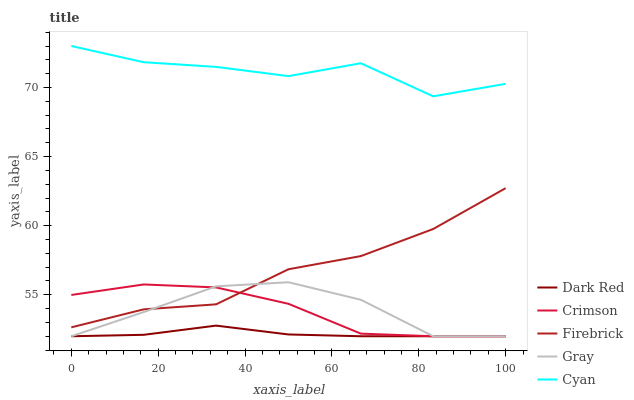
| xaxis_label | Dark Red | Crimson | Firebrick | Gray | Cyan |
 | --- | --- | --- | --- | --- | --- |
 | 0 | 52 | 55 | 52.6 | 52 | 73 |
 | 16.7 | 52.1 | 55.7 | 53.9 | 53.7 | 71.8 |
 | 33.3 | 52.8 | 55.5 | 54.3 | 55.6 | 71.5 |
 | 50 | 52.1 | 54.3 | 56.8 | 55.9 | 70.8 |
 | 66.7 | 52 | 52.2 | 57.8 | 54.6 | 71.8 |
 | 83.3 | 52 | 52 | 59.8 | 52 | 69.4 |
 | 100 | 52 | 52 | 62.7 | 52 | 70.3 |